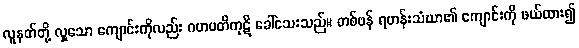
လူနတ်တို့ လှူသော ကျောင်းကိုလည်း ဂဟပတိကုဋိ ခေါ်သေးသည်။ တစ်ဖန် ရဟန်းသံဃာ၏ ကျောင်းကို ဖယ်ထား၍